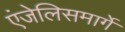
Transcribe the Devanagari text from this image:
एंजेलिसमार्गे